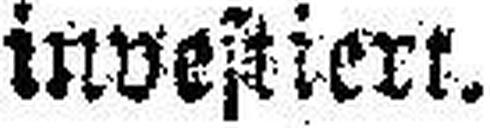
investiert.